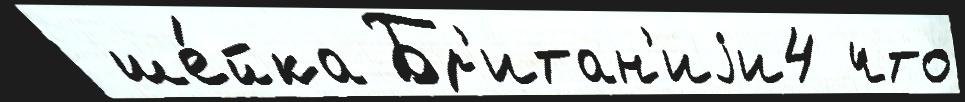
 ше́йка Бр'итан'иjи4 что